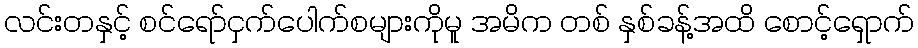
လင်းတနှင့် စင်ရော်ငှက်ပေါက်စများကိုမူ အမိက တစ် နှစ်ခန့်အထိ စောင့်ရှောက်